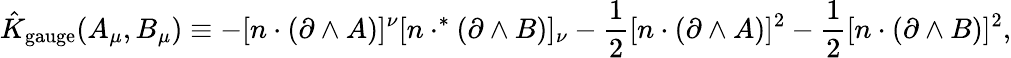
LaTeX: \hat{K}_{\mathrm{gauge}}(A_{\mu},B_{\mu})\equiv-[n\cdot(\partial\wedge A)]^{\nu}[n\cdot^{*}(\partial\wedge B)]_{\nu}-{\frac{1}{2}}[n\cdot(\partial\wedge A)]^{2}-{\frac{1}{2}}[n\cdot(\partial\wedge B)]^{2},